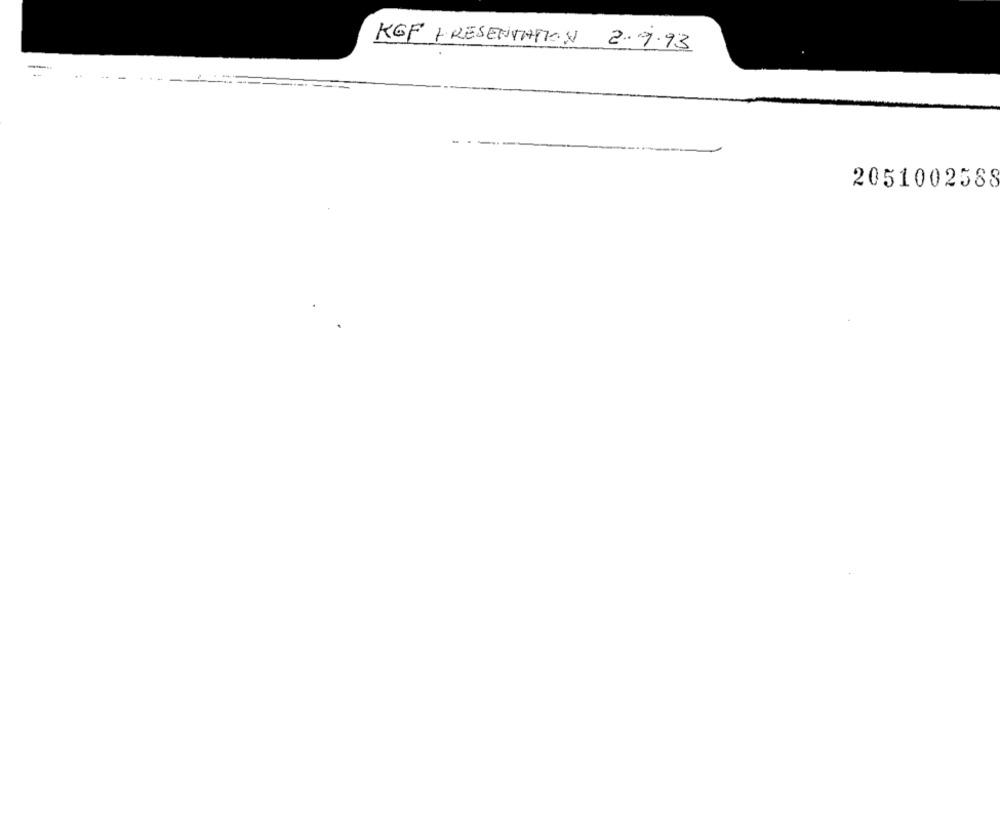
KGF PRESENTATION 2.9.93
---
2051002588